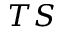
T S